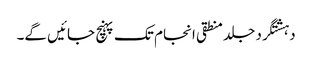
دہشتگرد جلد منطقی انجام تک پہنچ جائیں گے۔